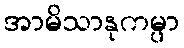
အာမိသာနုကမ္ပာ